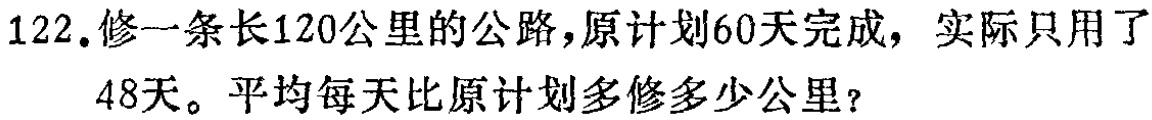
122.修一条长120公里的公路，原计划60天完成，实际只用了48天。平均每天比原计划多修多少公里？